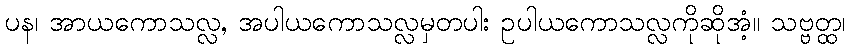
ပန၊ အာယကောသလ္လ, အပါယကောသလ္လမှတပါး ဥပါယကောသလ္လကိုဆိုအံ့။ သဗ္ဗတ္ထ၊